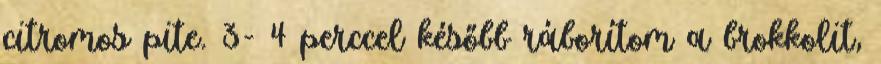
citromos pite. 3- 4 perccel később ráborítom a brokkolit,